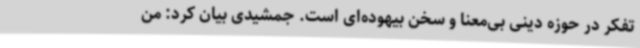
تفکر در حوزه دینی بی‌معنا و سخن بیهوده‌ای است. جمشیدی بیان کرد: من